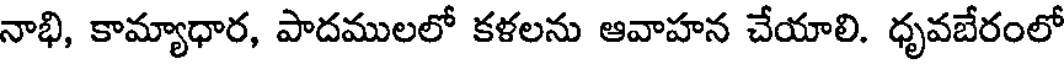
నాభి, కామ్యాధార, పాదములలో కళలను ఆవాహన చేయాలి. ధృవబేరంలో